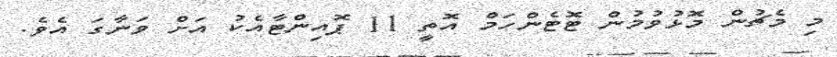
މި މެޗުން މޮޅުވުމުން ޓޮޓެންހަމް އޮތީ 11 ޕޮއިންޓާއެކު އަށް ވަނާގަ އެވެ.